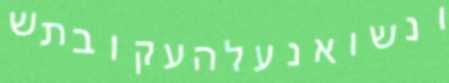
ונשואנעלהעקובתש